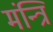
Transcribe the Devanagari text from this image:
मंन्त्रि